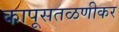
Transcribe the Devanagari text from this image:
कापूसतळणीकर